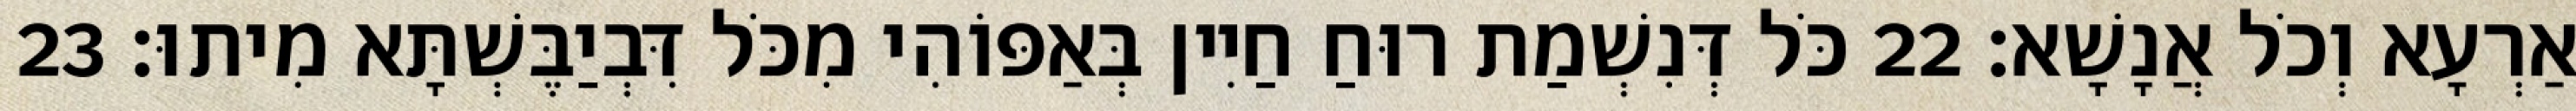
אַרְעָא וְכֹל אֲנָשָׁא׃ 22 כֹּל דְּנִשְׁמַת רוּחַ חַיִין בְּאַפּוֹהִי מִכֹּל דִּבְיַבֶּשְׁתָּא מִיתוּ׃ 23